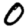
Digit: 0